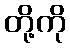
တို့ကို